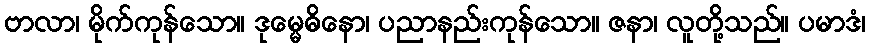
ဗာလာ၊ မိုက်ကုန်သော။ ဒုမ္မေဓိနော၊ ပညာနည်းကုန်သော။ ဇနာ၊ လူတို့သည်။ ပမာဒံ၊